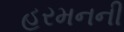
હરમનની